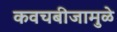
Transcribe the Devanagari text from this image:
कवचबीजामुळे